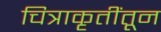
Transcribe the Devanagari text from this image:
चित्राकृतींतून